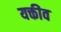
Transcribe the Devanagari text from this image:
यक्तीव